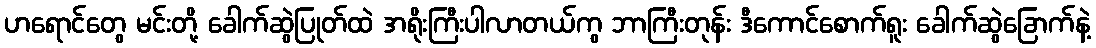
ဟရောင်တွေ မင်းတို့ ခေါက်ဆွဲပြုတ်ထဲ အရိုးကြီးပါလာတယ်ကွ ဘာကြီးတုန်း ဒီကောင်စောက်ရူး ခေါက်ဆွဲခြောက်နဲ့